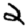
Digit: 2